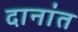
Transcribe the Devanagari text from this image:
दानांत